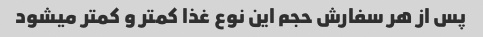
پس از هر سفارش حجم این نوع غذا کمتر و کمتر میشود